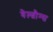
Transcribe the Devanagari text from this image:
वेल्त्रौम्स